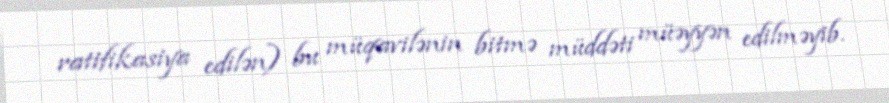
ratifikasiya edilən) bu müqavilənin bitmə müddəti müəyyən edilməyib.